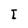
Character: I